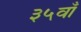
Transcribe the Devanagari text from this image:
३५वाँ